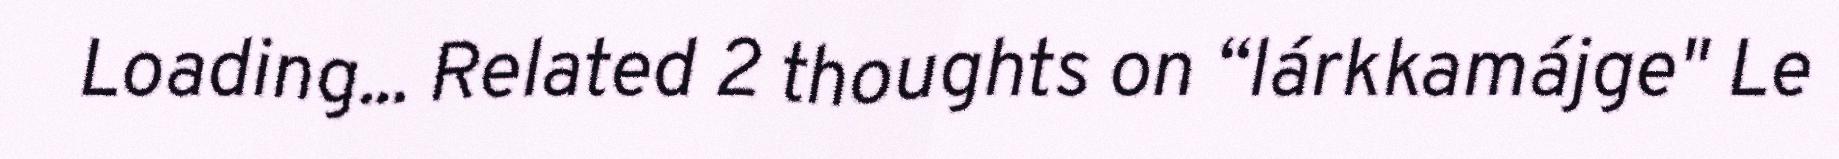
Loading... Related 2 thoughts on “lárkkamájge" Le